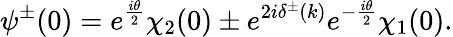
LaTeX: \psi^{\pm}(0)=e^{\frac{i\theta}{2}}\chi_{2}(0)\pm e^{2i\delta^{\pm}(k)}e^{-\frac{i\theta}{2}}\chi_{1}(0).